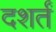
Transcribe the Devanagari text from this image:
दशर्तं